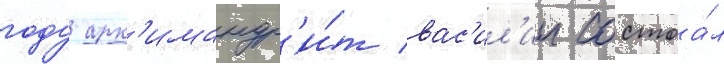
году арх'имандр'и́т вас'ил'ии состоа́л